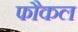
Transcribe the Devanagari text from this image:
फौकल